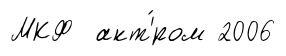
МКФ акт'́ром 2006